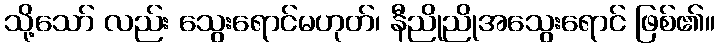
သို့သော် လည်း သွေးရောင်မဟုတ်၊ နီညိုညိုအသွေးရောင် ဖြစ်၏။